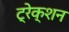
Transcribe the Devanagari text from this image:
ट्रेक्शन